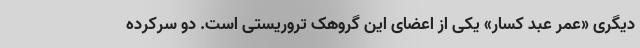
دیگری «عمر عبد کسار» یکی از اعضای این گروهک تروریستی است. دو سرکرده